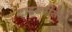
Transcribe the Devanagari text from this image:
टाइमपीसेस